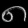
Digit: ၈